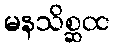
မနသိစ္ဆထ